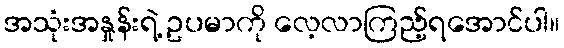
အသုံးအနှုန်းရဲ့ ဥပမာကို လေ့လာကြည့်ရအောင်ပါ။